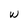
Character: W